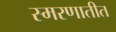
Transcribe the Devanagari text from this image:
स्मरणातीत